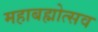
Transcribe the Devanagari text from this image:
महाबह्मोत्‍सव